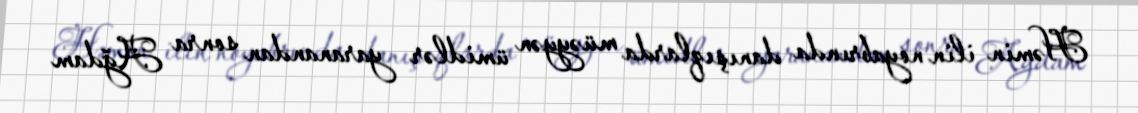
Həmin ilin noyabrında danışıqlarda müəyyən ümidlər yaranandan sonra Ağdam